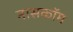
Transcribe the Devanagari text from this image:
नासकॉम